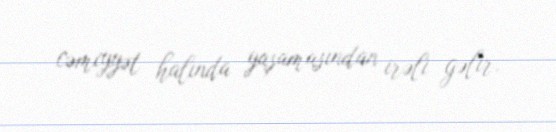
cəmiyyət halında yaşamasından irəli gəlir.